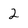
Character: 2